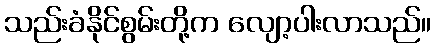
သည်းခံနိုင်စွမ်းတို့က လျော့ပါးလာသည်။